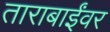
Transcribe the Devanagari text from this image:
ताराबाईंवर